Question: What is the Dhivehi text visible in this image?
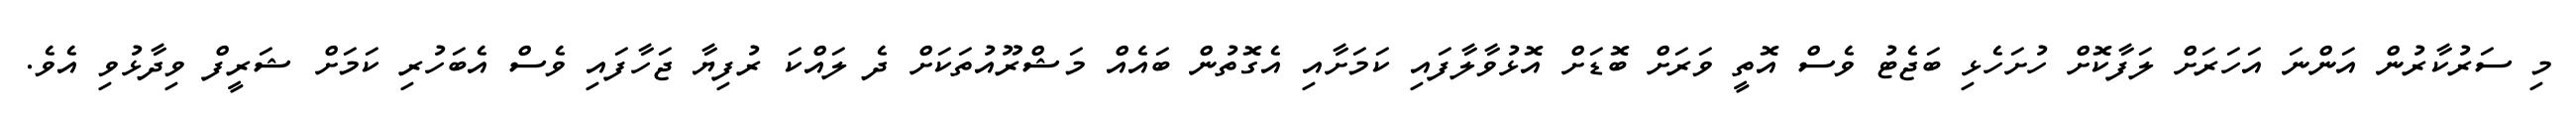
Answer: މި ސަރުކާރުން އަންނަ އަހަރަށް ލަފާކޮށް ހުށަހެޅި ބަޖެޓު ވެސް އޮތީ ވަރަށް ބޮޑަށް އޮޅުވާލާފައި ކަމަށާއި އެގޮތުން ބައެއް މަޝްރޫއުތަކަށް ދެ ލައްކަ ރުފިޔާ ޖަހާފައި ވެސް އެބަހުރި ކަމަށް ޝަރީފް ވިދާޅުވި އެވެ.